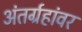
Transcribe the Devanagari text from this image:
अंतर्ग्रहांवर